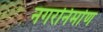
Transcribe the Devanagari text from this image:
नगरनिर्माण